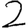
Digit: 2